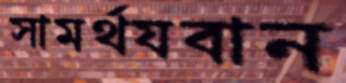
সামর্থযবান